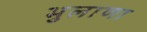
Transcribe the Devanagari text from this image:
भुलाणा